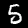
Digit: 5